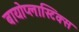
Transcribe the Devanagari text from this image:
बायोप्लास्टिक्स